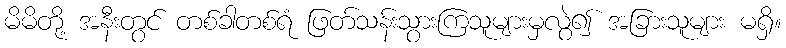
မိမိတို့ အနီးတွင် တစ်ခါတစ်ရံ ဖြတ်သန်းသွားကြသူများမှလွဲ၍ အခြားသူများ မရှိ။